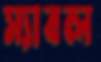
স্যাবল